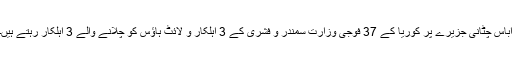
اباس چٹانی جزیرے پر کوریا کے 37 فوجی وزارت سمندر و فشری کے 3 اہلکار و لائٹ ہاؤس کو چلانے والے 3 اہلکار رہتے ہیں۔